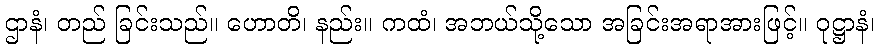
ဌာနံ၊ တည် ခြင်းသည်။ ဟောတိ၊ နည်း။ ကထံ၊ အဘယ်သို့သော အခြင်းအရာအားဖြင့်။ ဝုဋ္ဌာနံ၊